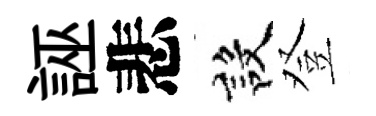
誣悲設登